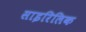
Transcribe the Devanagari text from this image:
साइरिलिक